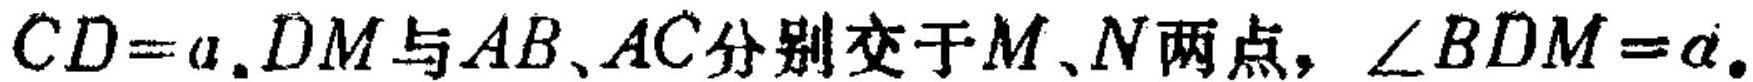
\(CD = a\). \(DM\)与\(AB\)、\(AC\)分别交于\(M\)、\(N\)两点，\(\angle BDM=\alpha\).